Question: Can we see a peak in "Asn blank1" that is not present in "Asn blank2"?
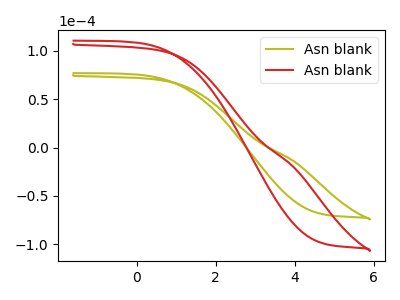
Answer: <think>The olive curve "Asn blank1" has no peaks. The red curve "Asn blank2" has no peaks.
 Neither "Asn blank1" or "Asn blank2" have any peaks.</think>
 <answer>No, "Asn blank1" and "Asn blank2" don't appear to be significantly different in shape</answer>
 <eval>no_change</eval>